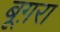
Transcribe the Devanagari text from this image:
बूग़रा